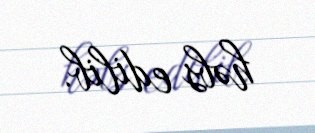
həbs edilib.